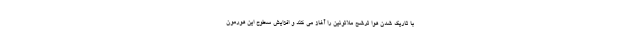
با تاریک شدن هوا ترشح ملاتونین را آغاز می کند و افزایش سطوح این هورمون